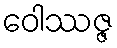
ဝေါဿဇ္ဇ